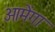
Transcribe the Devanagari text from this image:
ओमेंगा